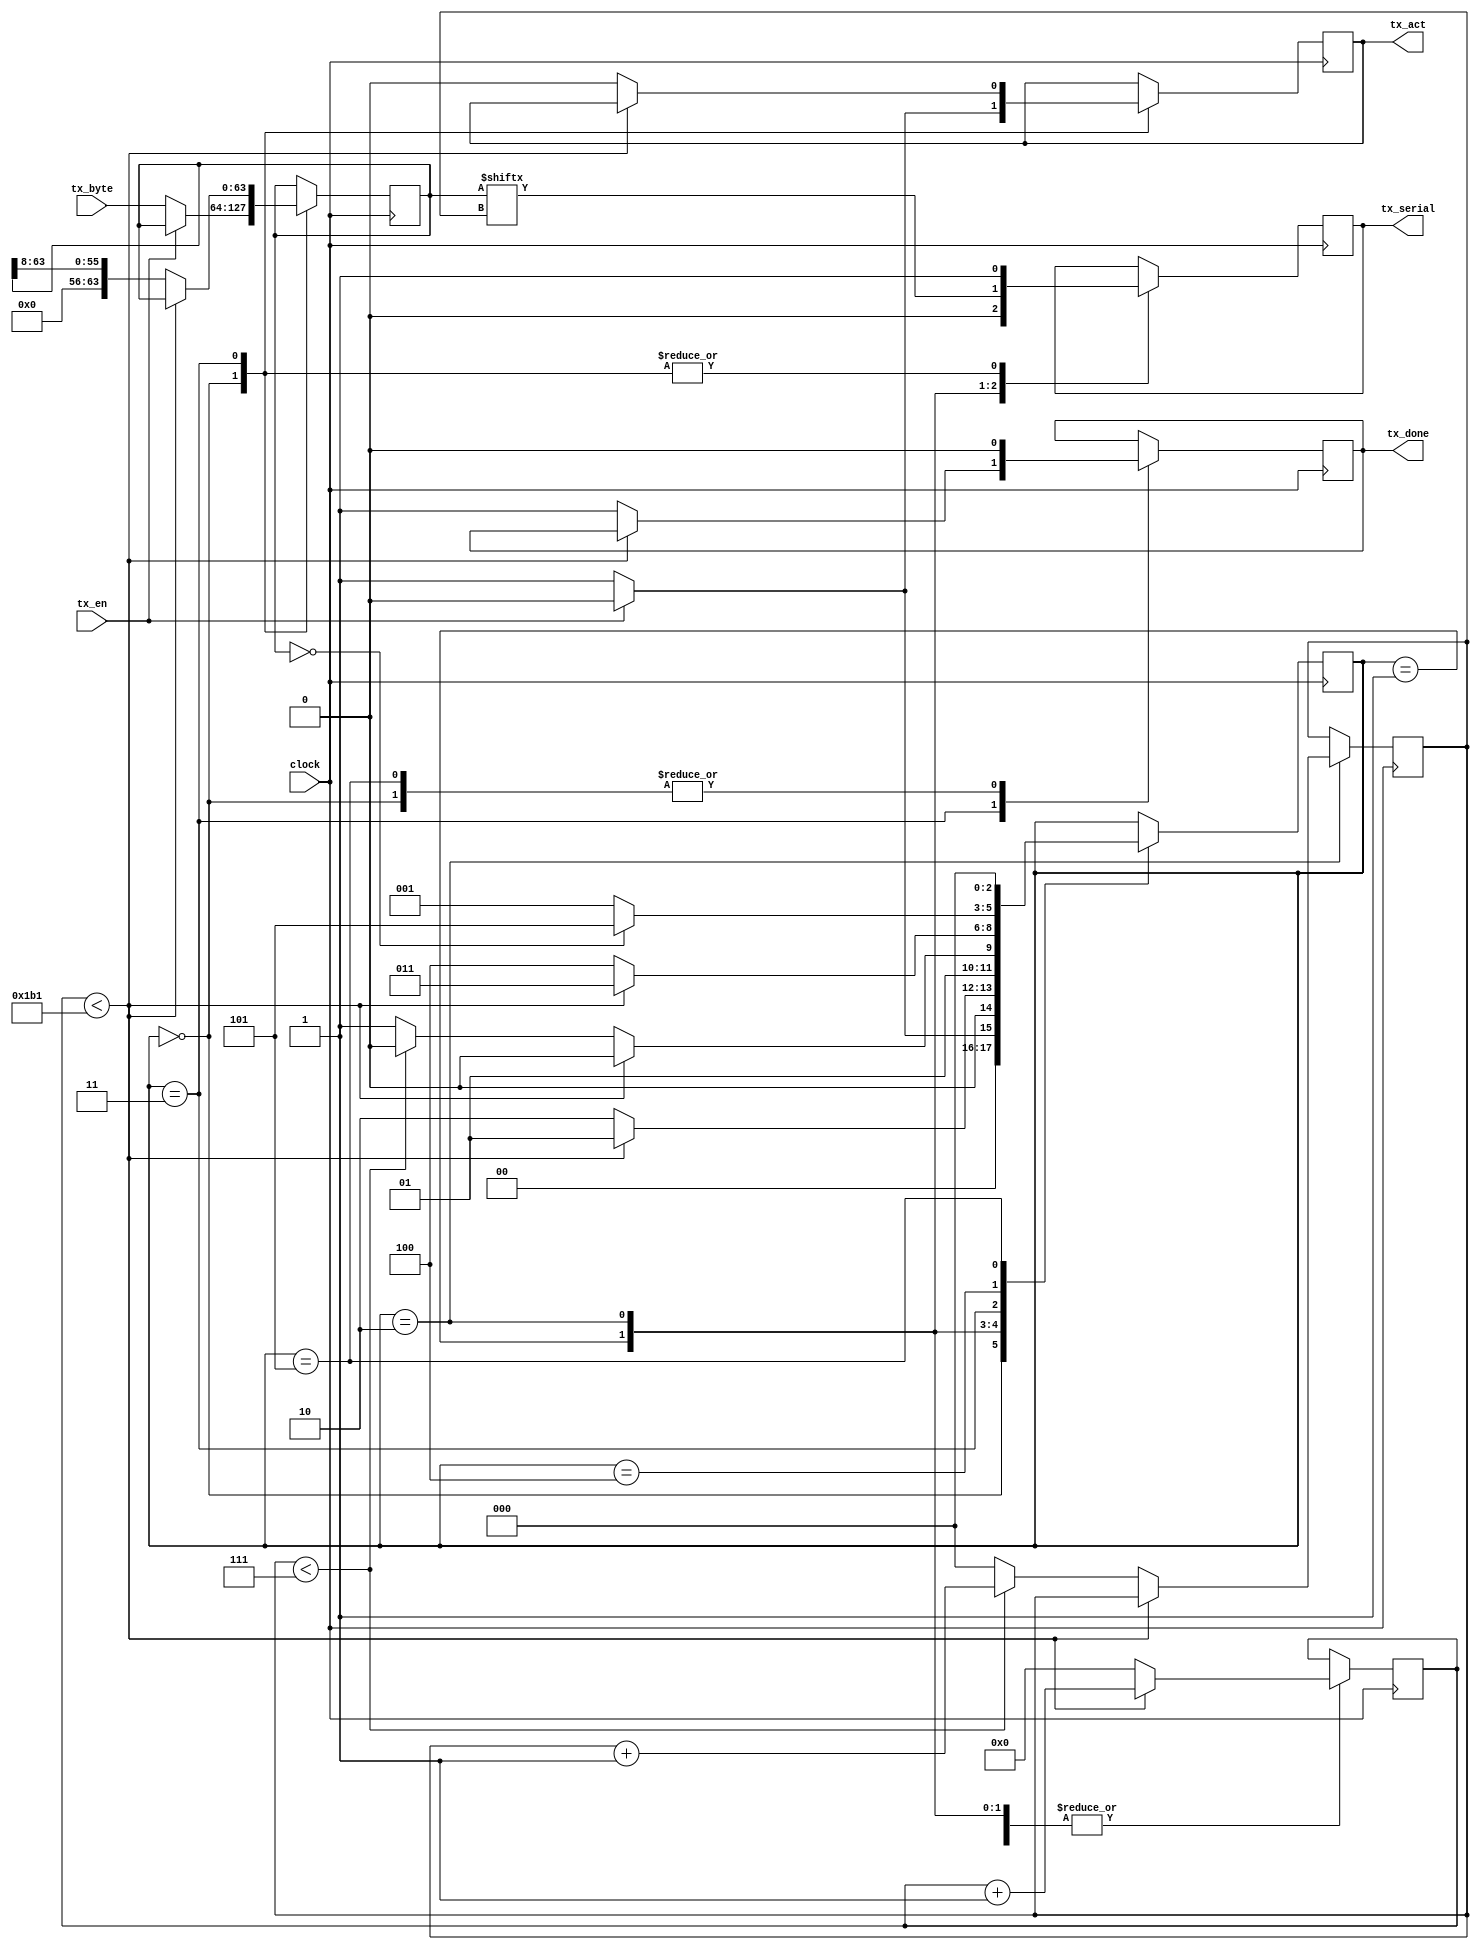
 module tx

#(parameter clk_per_bit = 434) //...........(clk_freq)/(baud_rate)
//														  50MHz clock and 115200 baud => 434
(	
	input 		 clock,
	input 		 tx_en,
	input  [63:0] tx_byte,
	output reg	 tx_act,
	output reg	 tx_done,
	output reg	 tx_serial
);


reg [2:0 ] status   	  = 3'b000;
reg [8:0 ] clk_count	  = 9'd0;
reg [2:0 ] bit_index   = 3'd0;
reg [63:0] tx_data	  = 64'd0;


always @ (posedge clock) begin


	case (status)
		3'b000: //.............................Idle
			begin
				tx_serial  <= 1'b1;
				tx_act	  <= 1'b0;
				tx_done	   = 1'b0;
				
				if(~tx_en) begin
					tx_act  <= 1'b1;
					tx_data <= tx_byte;
					status  <= 3'b001 ;
				end
				else
					status  <= 3'b000;
			end
			
			
		3'b001: //.............................Start bit
			begin
				tx_serial    <= 1'b0;
				
				if(clk_count < clk_per_bit-1) begin
					clk_count <= clk_count + 1;
					status	 <= 3'b001;
				end
				else begin
					clk_count <= 0;
					status 	 <= 3'b010;
				end
			end
			
		
		3'b010: //............................Transmitting data
			begin
				tx_serial    <= tx_data[bit_index];
				
				if(clk_count < clk_per_bit-1) begin
					clk_count <= clk_count + 1;
					status	 <= 3'b010;
				end
				else begin
					clk_count <= 0;
					
					if(bit_index < 7) begin
						bit_index <= bit_index + 1;
						status	 <= 3'b010;
					end
					else begin
						bit_index <= 0;
						status    <= 3'b011;
					end
				end
			end
			
			
		3'b011: //.............................Stop bit
			begin
				tx_serial    <= 1'b1;
				
				if(clk_count < clk_per_bit-1) begin
					clk_count <= clk_count + 1;
					status	 <= 3'b011;
				end
				else begin
					tx_data <= (tx_data >> 64'd8);
					tx_done   <= 1'b1;
					clk_count <= 9'd0;
					tx_act    <= 1'b0;
					status    <= 3'b100;
				end
			end
			
			
		3'b100: //.............................Hold on
			begin
				if(tx_data == 64'd0)
					status  <= 3'b101;
				else
					status  <= 3'b001;
			end
			
		3'b101: //.............................Back to idle
			begin
				tx_done <= 1'b0;
				status <= 3'b000;
			end
	
	endcase


end

endmodule